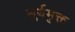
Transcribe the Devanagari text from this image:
सूर्यमुक्त